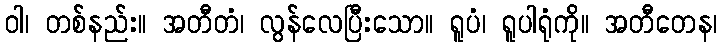
ဝါ၊ တစ်နည်း။ အတီတံ၊ လွန်လေပြီးသော။ ရူပံ၊ ရူပါရုံကို။ အတီတေန၊